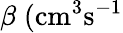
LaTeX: \beta\; (\mathrm{{cm}^{3}\mathrm{{s}^{-1}}}